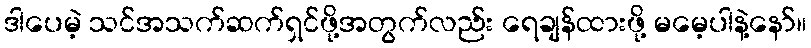
ဒါပေမဲ့ သင်အသက်ဆက်ရှင်ဖို့အတွက်လည်း ရေချန်ထားဖို့ မမေ့ပါနဲ့နော်။